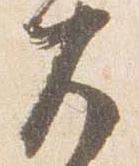
兀